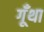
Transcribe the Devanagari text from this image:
गूँथा